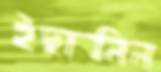
ইছানিল